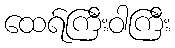
ထေရ်ကြီးဝါကြီး